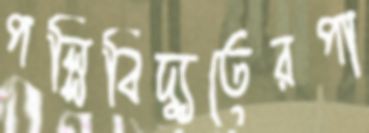
পল্লিবিদ্যুতেরপা